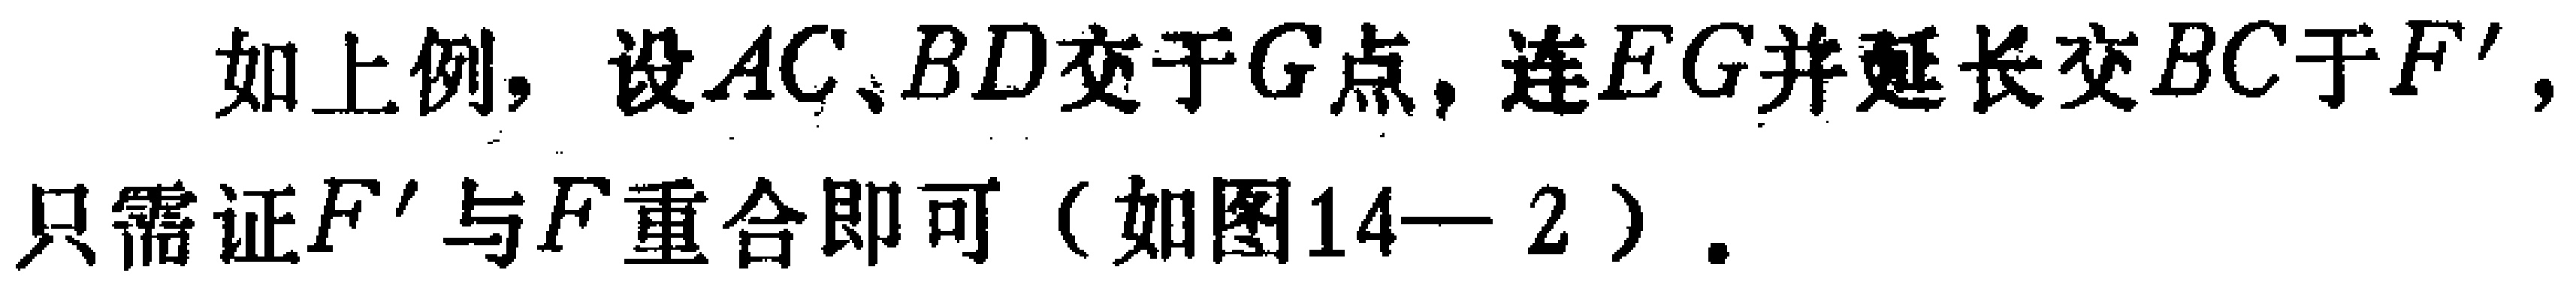
如上例，设 \(AC、BD\) 交于 \(G\) 点，连 \(EG\) 并延长交 \(BC\) 于 \(F'\)，只需证 \(F'\) 与 \(F\) 重合即可（如图14—2）.